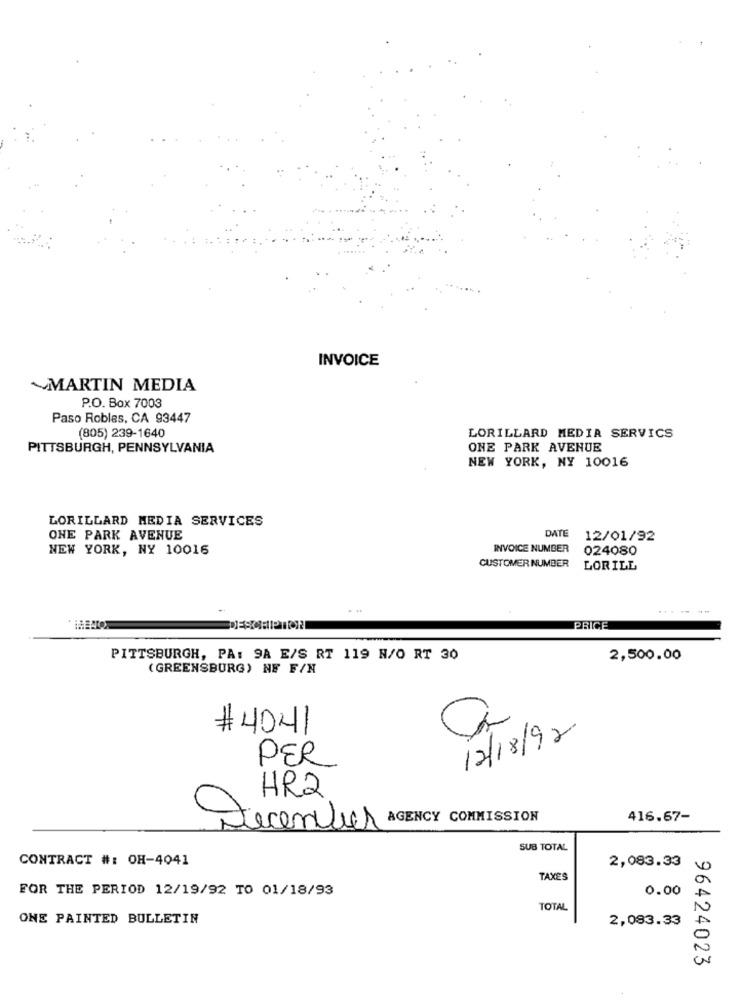
INVOICE
MARTIN MEDIA
P.O. Box 7003
Paso Robles, CA 93447
(805) 239-1640
LORILLARD MEDIA SERVICS
PITTSBURGH, PENNSYLVANIA
ONE PARK AVENUE
NEW YORK, NY 10016
LORILLARD MEDIA SERVICES
DATE
ONE PARK AVENUE
12/01/92
NEW YORK, NY 10016
INVOICE NUMBER
024080
CUSTOMER NUMBER
LORILL
------
PRICE
PITTSBURGH, PA: 9A E/S RT 119 N/O RT 30
2,500.00
(GREENSBURG) NF F/N
#4041
12/18/92
PER
HR2
AGENCY COMMISSION
416.67-
Secenter
SUB TOTAL
CONTRACT #: OH-4041
2,083.33
TAXES
FOR THE PERIOD 12/19/92 TO 01/18/93
0.00
TOTAL
ONE PAINTED BULLETIN
2,083.33
96424023